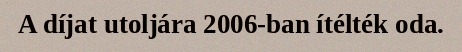
A díjat utoljára 2006-ban ítélték oda.